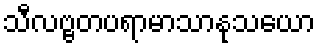
သီလဗ္ဗတပရာမာသာနုသယော